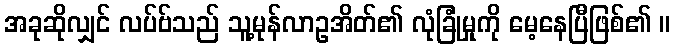
အခုဆိုလျှင် လပ်ဗ်သည် သူ့မုန်လာဥအိတ်၏ လုံခြုံမှုကို မေ့နေပြီဖြစ်၏ ။